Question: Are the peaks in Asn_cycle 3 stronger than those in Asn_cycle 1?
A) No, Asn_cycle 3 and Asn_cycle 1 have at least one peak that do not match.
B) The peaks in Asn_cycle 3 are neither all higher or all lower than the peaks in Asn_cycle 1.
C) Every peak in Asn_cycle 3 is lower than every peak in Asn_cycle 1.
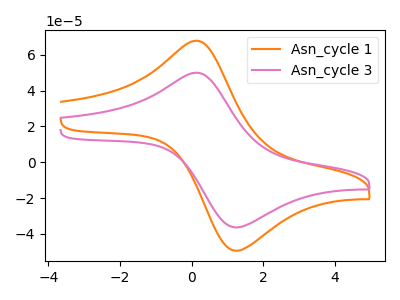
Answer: <think>The orange curve "Asn_cycle 1" has an anodic peak at (0.10V, 67.75uA) and a cathodic peak at (1.20V, -49.35uA). The pink curve "Asn_cycle 3" has an anodic peak at (0.10V, 49.90uA) and a cathodic peak at (1.20V, -36.35uA).</think>
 <answer>C) Every peak in "Asn_cycle 3" is lower than every peak in "Asn_cycle 1".</answer>
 <eval>C</eval>